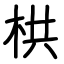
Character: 栱